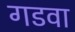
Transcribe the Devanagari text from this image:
गडवा